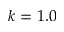
k = 1 . 0